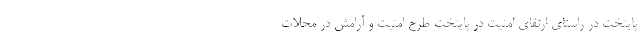
پایتخت در راستای ارتقای امنیت در پایتخت طرح امنیت و آرامش در محلات